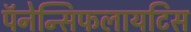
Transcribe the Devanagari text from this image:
पॅनेन्सिफलायटिस